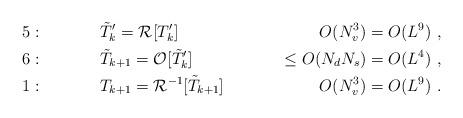
LaTeX: \begin{align*}& 5: && \tilde{T}_k^\prime = {\cal R}[T_k^\prime] & O(N_v^3) = O(L^9) \ , \\& 6: && \tilde{T}_{k+1} = {\cal O}[\tilde{T}_k^\prime] & \leq O(N_d N_s) = O(L^4) \ , \\& 1: && T_{k+1} = {\cal R}^{-1}[\tilde{T}_{k+1}] & O(N_v^3) = O(L^9) \ .\end{align*}